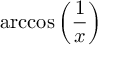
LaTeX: \operatorname { a r c c o s } \left( { \frac { 1 } { x } } \right)